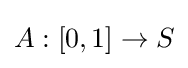
A:[0,1]\rightarrow S